Document type: payment_order
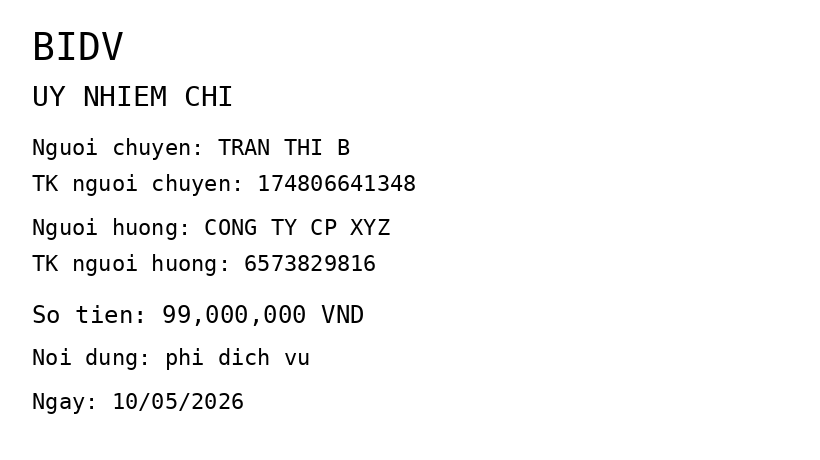
OCR transcript:
BIDV
UY NHIEM CHI
Nguoi chuyen: TRAN THI B
TK nguoi chuyen: 174806641348
Nguoi huong: CONG TY CP XYZ
TK nguoi huong: 6573829816
So tien: 99,000,000 VND
Noi dung: phi dich vu
Ngay: 10/05/2026
Extracted fields:
bank_name: bidv
sender_name: tran thi b
sender_account: 174806641348
beneficiary_name: cong ty cp xyz
beneficiary_account: 6573829816
amount: 99000000
content: phi dich vu
date: 2026-05-10